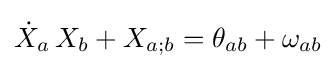
{\dot {X}}_{a}\,X_{b}+X_{a;b}=\theta _{ab}+\omega _{ab}